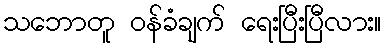
သဘောတူ ဝန်ခံချက် ရေးပြီးပြီလား။